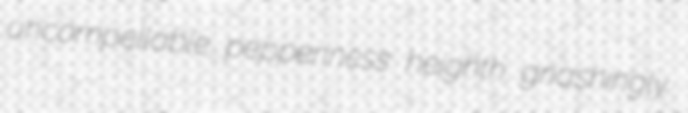
uncompellable pepperiness heighth gnashingly